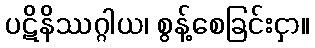
ပဋိနိဿဂ္ဂါယ၊ စွန့်စေခြင်းငှာ။